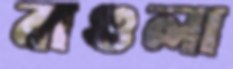
বাগুলা